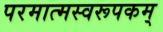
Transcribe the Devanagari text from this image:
परमात्मस्वरूपकम्